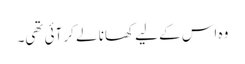
وہ اس کے لیے کھانا لے کر آئی تھی۔